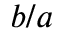
b / a